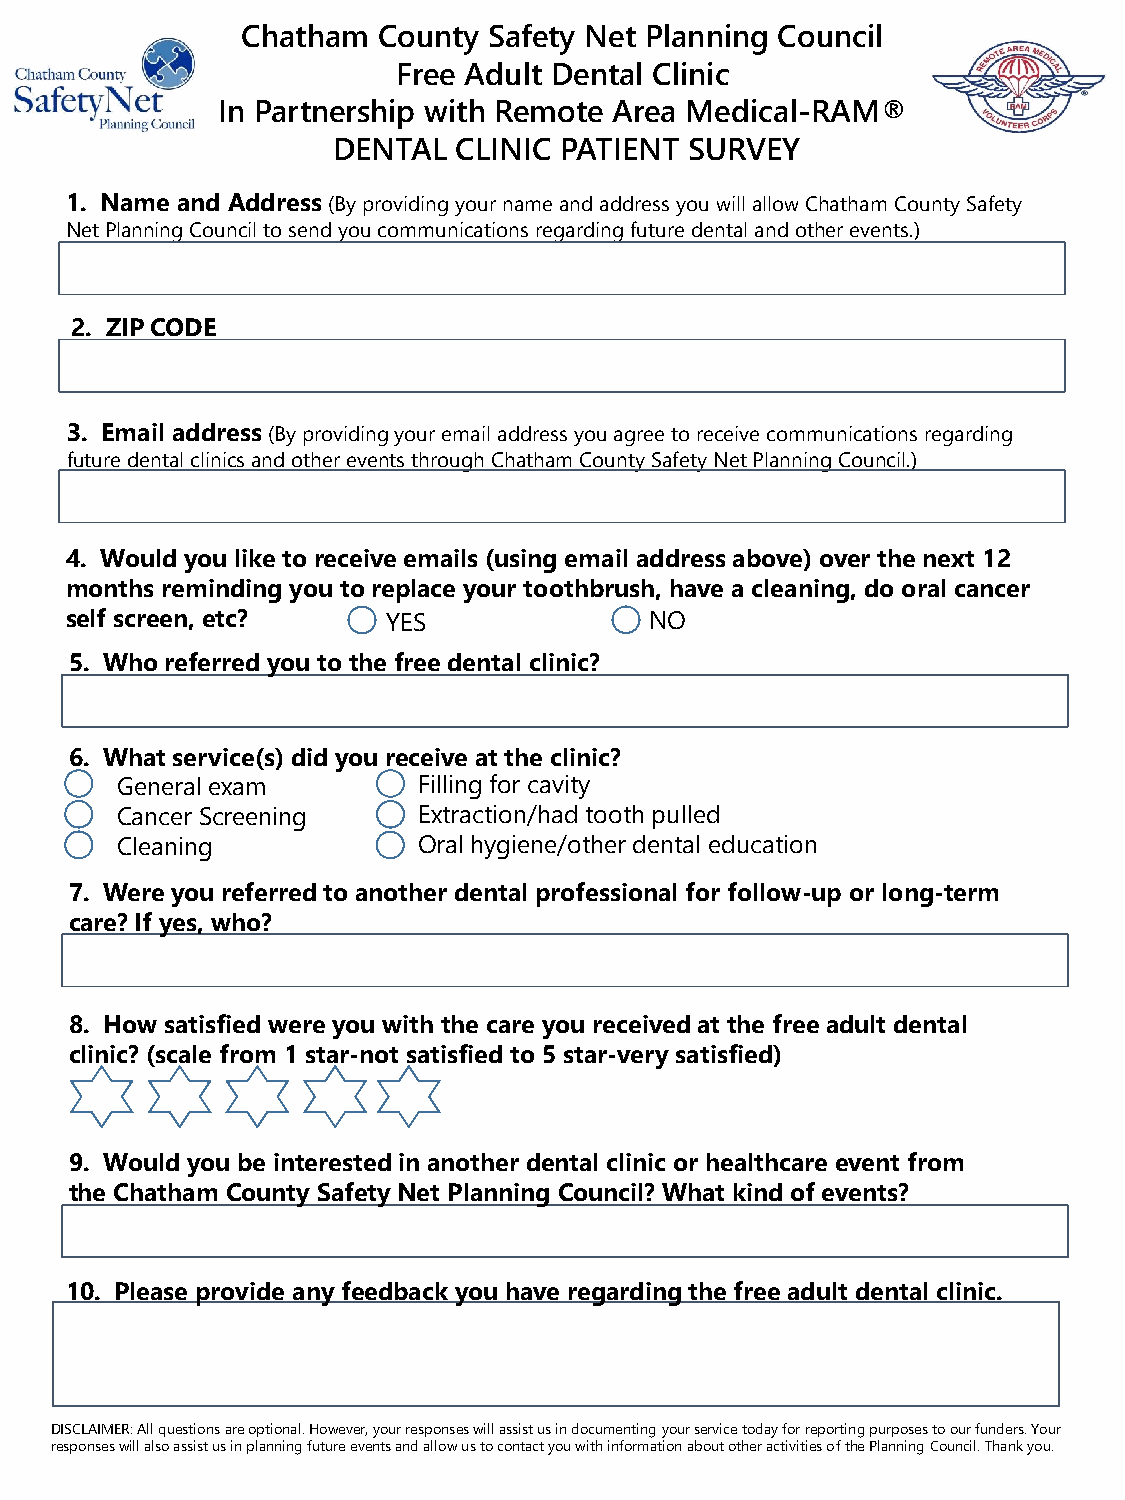
Chatham  County Safety Net Planning Council
 Free Adult Dental Clinic
 In Partnership with Remote Area Medical-RAM®
 DENTAL  CLINIC PATIENT  SURVEY
 1. Name and Address (By providing your name and address you will allow Chatham County Safety
 Net Planning Council to send you communications regarding future dental and other events.)
 2. ZIP CODE
 3. Email address(By providing your email address you agree to receive communications regarding
 future dental clinics and other events through Chatham County Safety Net Planning Council.)
 4. Would you like to receive emails (using email address above) over the next 12
 months reminding you to replace your toothbrush, have a cleaning, do oral cancer
 self screen, etc?     YES              NO
 5. Who referred you to the free dental clinic?
 6. What service(s) did you receive at the clinic?
 General exam        Filling for cavity
 Cancer Screening    Extraction/had tooth pulled
 Cleaning            Oral hygiene/other dental education
 7. Were you referred to another dental professional for follow-up or long-term
 care? If yes, who?
 8. How satisfied were you with the care you received at the free adult dental
 clinic? (scale from 1 star-not satisfied to 5 star-very satisfied)
 9. Would you be interested in another dental clinic or healthcare event from
 the Chatham County Safety Net Planning Council? What kind of events?
 10. Please provide any feedback you have regarding the free adult dental clinic.
 DISCLAIMER: All questions are optional. However, your responses will assist us in documenting your service today for reporting purposes to our funders. Your
 responses will also assist us in planning future events and allow us to contact you with information about other activities of the Planning Council. Thank you.